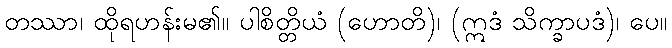
တဿာ၊ ထိုရဟန်းမ၏။ ပါစိတ္တိယံ (ဟောတိ)၊ (ဣဒံ သိက္ခာပဒံ)၊ ပေ။